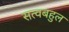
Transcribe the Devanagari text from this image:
सत्वबहुल